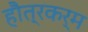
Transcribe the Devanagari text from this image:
हौत्रकर्म